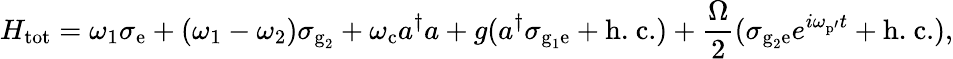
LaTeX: H_{\textrm{tot}}=\omega_{1}\sigma_{\textrm{e}}+(\omega_{1}-\omega_{2})\sigma_{\textrm{g}_{2}}+\omega_{\textrm{c}}a^{\dagger}a+g(a^{\dagger}\sigma_{\textrm{g}_{1}\textrm{e}}+\textrm{h.~c.})+\frac{\Omega}{2}(\sigma_{\textrm{g}_{2}\textrm{e}}e^{i\omega_{\textrm{p}\mathrm{{'}}}t}+\textrm{h.~c.}),